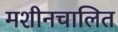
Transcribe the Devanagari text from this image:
मशीनचालित